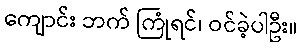
ကျောင်း ဘက် ကြုံရင်၊ ဝင်ခဲ့ပါဦး။